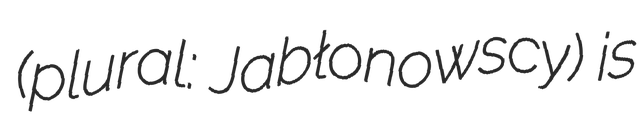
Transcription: (plural: Jabłonowscy) is